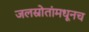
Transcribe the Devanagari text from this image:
जलस्रोतांमधूनच